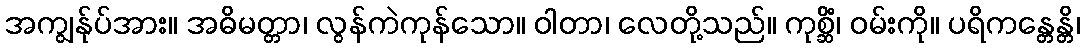
အကျွန်ုပ်အား။ အဓိမတ္တာ၊ လွန်ကဲကုန်သော။ ဝါတာ၊ လေတို့သည်။ ကုစ္ဆိံ၊ ဝမ်းကို။ ပရိကန္တေန္တိ၊